Report of an investigation into the causes of malaria in Bombay and the measures necessary for its control
Disease focus: Malaria
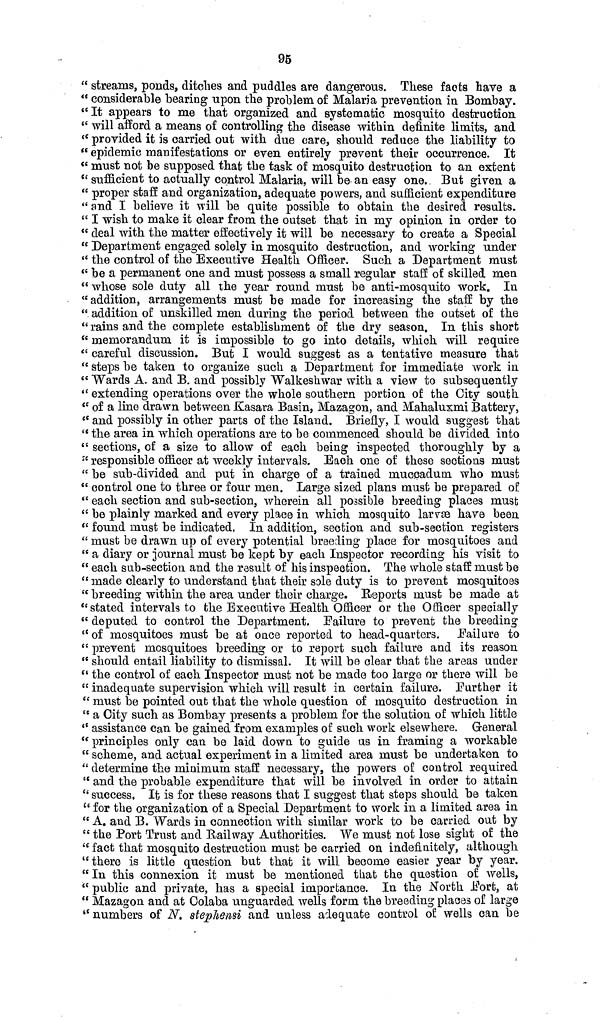
95
" streams, ponds, ditches and puddles are dangerous. These facts have a
" considerable bearing upon the problem of Malaria prevention in Bombay.
"It appears to me that organized and systematic mosquito destruction
" will afford a means of controlling the disease within definite limits, and
" provided it is carried out with due care, should reduce the liability to
" epidemic manifestations or even entirely prevent their occurrence. It
" must not be supposed that the task of mosquito destruction to an extent
" sufficient to actually control Malaria, will be an easy one. But given a
" proper staff and organization, adequate powers, and sufficient expenditure
" and I believe it will be quite possible to obtain the desired results.
" I wish to make it clear from the outset that in my opinion in order to
" deal with the matter effectively it will be necessary to create a Special
" Department engaged solely in mosquito destruction, and working under
" the control of the Executive Health Officer. Such a Department must
" be a permanent one and must possess a small regular staff of skilled men
" whose sole duty all the year round must be anti-mosquito work. In
"addition, arrangements must be made for increasing the staff by the
" addition of unskilled men during the period between the outset of the
" rains and the complete establishment of the dry season. In this short
" memorandum it is impossible to go into details, which will require
" careful discussion. But I would suggest as a tentative measure that
" steps be taken to organize such a Department for immediate work in
" Wards A. and B. and possibly Walkeshwar with a view to subsequently
" extending operations over the whole southern portion of the City south
" of a line drawn between Kasara Basin, Mazagon, and Mahaluxmi Battery,
" and possibly in other parts of the Island. Briefly, I would suggest that
" the area in which operations are to be commenced should be divided into
" sections, of a size to allow of each being inspected thoroughly by a
" responsible officer at weekly intervals. Each one of these sections must
" be sub-divided and put in charge of a trained muccadum who must
" control one to three or four men. Large sized plans must be prepared of
" each section and sub-section, wherein all possible breeding places must
" be plainly marked and every place in which mosquito larvæ have been
" found must be indicated. In addition, section and sub-section registers
" must be drawn up of every potential breeding place for mosquitoes and
" a diary or journal must be kept by each Inspector recording his visit to
" each sub-section and the result of his inspection. The whole staff must be
" made clearly to understand that their sole duty is to prevent mosquitoes
" breeding within the area under their charge. Reports must be made at
" stated intervals to the Executive Health Officer or the Officer specially
" deputed to control the Department. Failure to prevent the breeding
" of mosquitoes must be at once reported to head-quarters. Failure to
" prevent mosquitoes breeding or to report such failure and its reason
" should entail liability to dismissal. It will be clear that the areas under
" the control of each Inspector must not be made too large or there will be
" inadequate supervision which will result in certain failure. Further it
" must be pointed out that the whole question of mosquito destruction in
" a City such as Bombay presents a problem for the solution of which little
" assistance can be gained from examples of such work elsewhere. General
" principles only can be laid down to guide us in framing a workable
" scheme, and actual experiment in a limited area must be undertaken to
" determine the minimum staff necessary, the powers of control required
" and the probable expenditure that will be involved in order to attain
" success. It is for these reasons that I suggest that steps should be taken
" for the organization of a Special Department to work in a limited area in
" A. and B. Wards in connection with similar work to be carried out by
" the Port Trust and Railway Authorities. We must not lose sight of the
" fact that mosquito destruction must be carried on indefinitely, although
"there is little question but that it will become easier year by year.
" In this connexion it must be mentioned that the question of wells,
" public and private, has a special importance. In the North Fort, at
" Mazagon and at Colaba unguarded wells form the breeding places of large
" numbers of N. stephensi and unless adequate control of wells can be